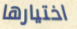
اختيارها